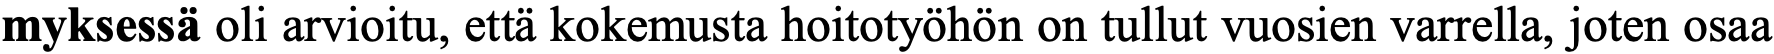
myksessä oli arvioitu, että kokemusta hoitotyöhön on tullut vuosien varrella, joten osaa